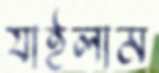
যাইলাম